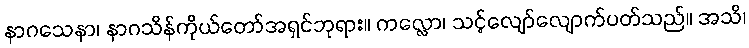
နာဂသေနာ၊ နာဂသိန်ကိုယ်တော်အရှင်ဘုရား။ ကလ္လော၊ သင့်လျော်လျောက်ပတ်သည်။ အသိ၊